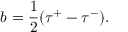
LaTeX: b = \frac 1 2 ( \tau ^ { + } - \tau ^ { - } ) .